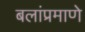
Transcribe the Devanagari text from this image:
बलांप्रमाणे